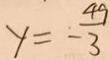
y = - \frac { 4 9 } { 3 }